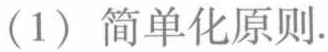
（1）简单化原则.